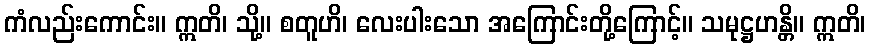
ကံလည်းကောင်း။ ဣတိ၊ သို့။ စတူဟိ၊ လေးပါးသော အကြောင်းတို့ကြောင့်။ သမုဋ္ဌဟန္တိ။ ဣတိ၊